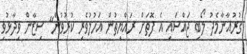
ގުރުއާނާމެދު ލޯބި ޖައްސައި އެ ފޮތަށް ރައްޔިތުން އަހުލުވެރި ކުރުވުން" ސިޒާން ވިދާޅުވި